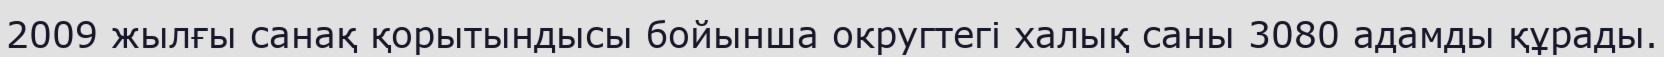
2009 жылғы санақ қорытындысы бойынша округтегі халық саны 3080 адамды құрады.